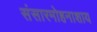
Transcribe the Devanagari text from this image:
संसारमोहनाशाय